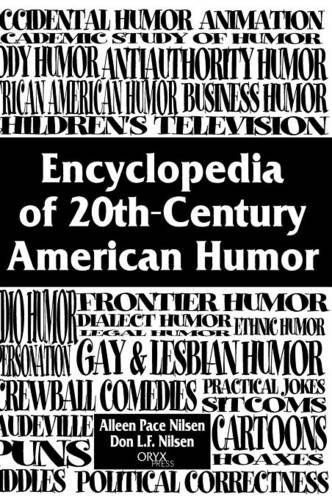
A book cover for Encyclopedia of 20th-Century American Humor:; Don Lee Fred Nilsen; Reference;